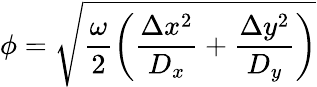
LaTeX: \phi=\sqrt{\frac{\omega}{2}\left(\frac{\Delta x^{2}}{D_{x}}+\frac{\Delta y^{2}}{D_{y}}\right)}